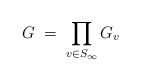
\begin{align*}G\;=\;\prod_{v\in S_\infty}G_v\end{align*}